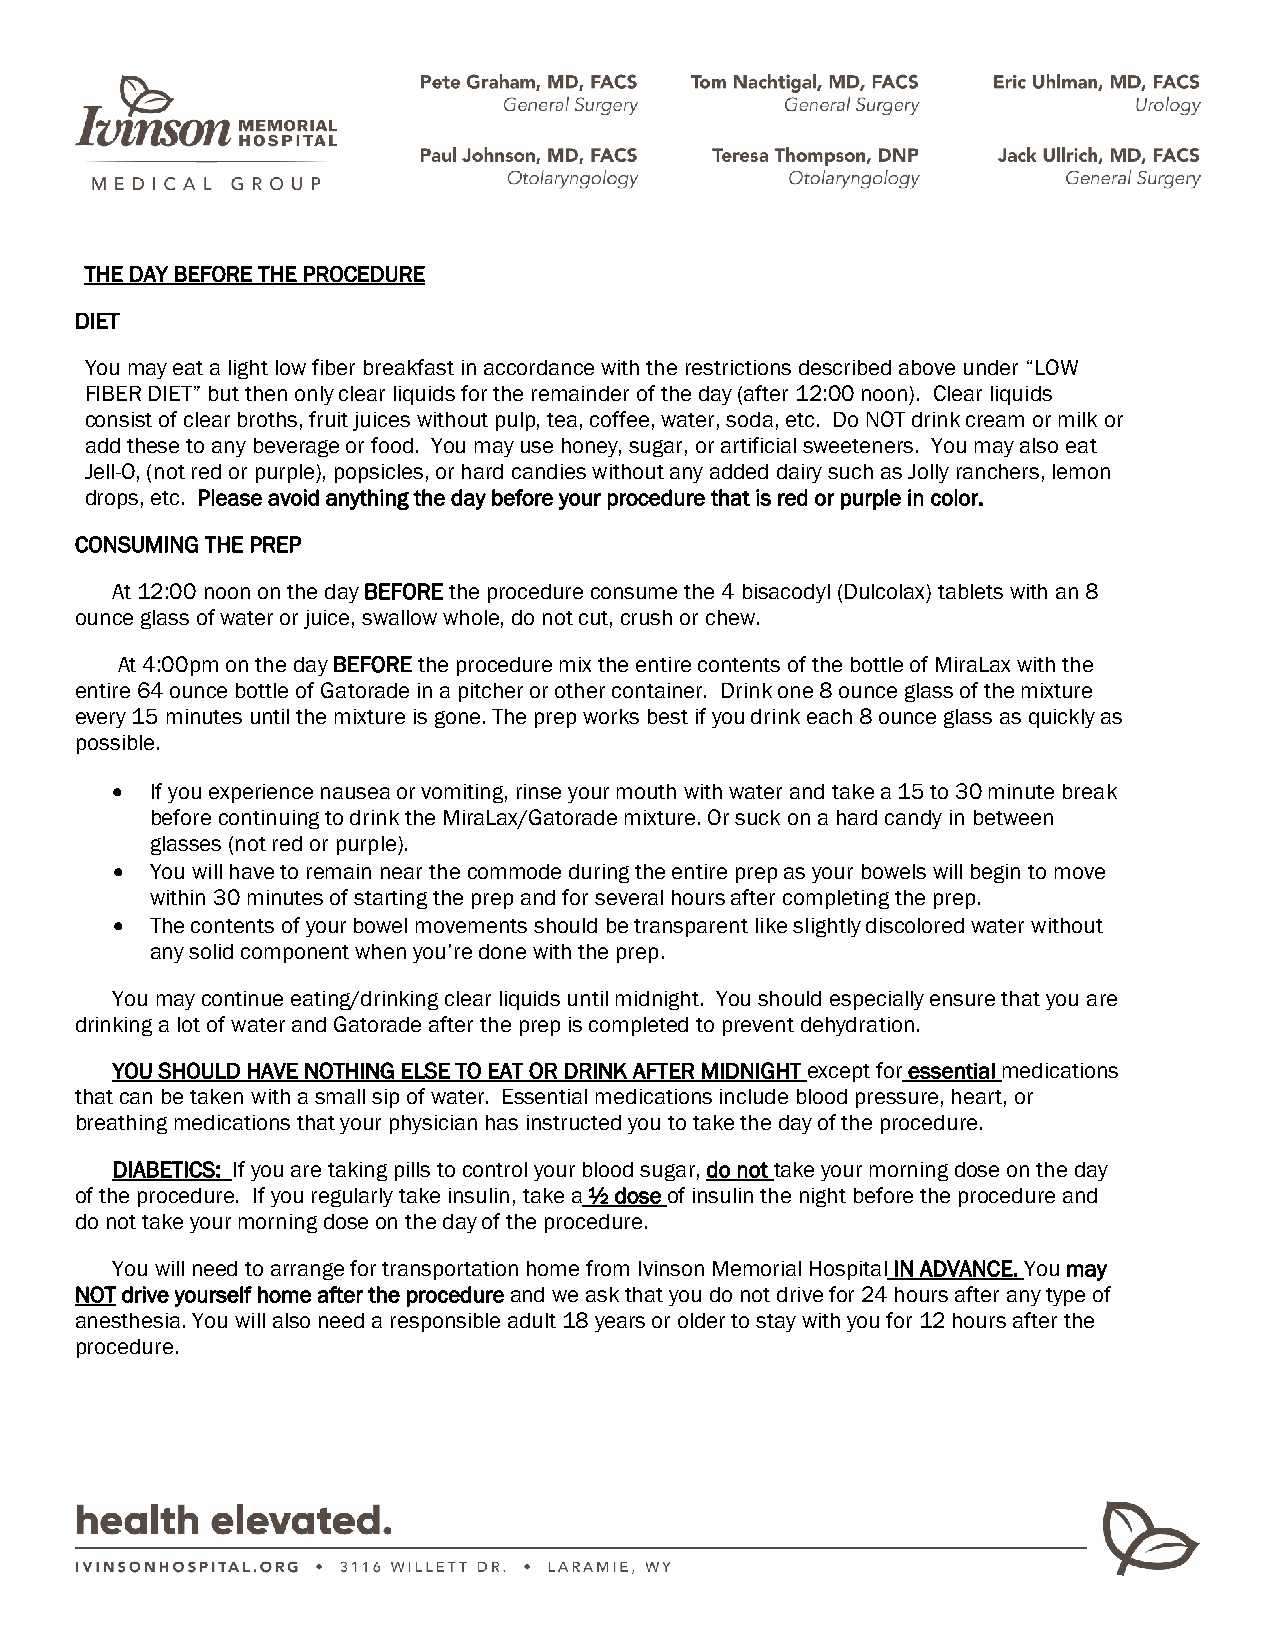
THE DAY BEFORE THE PROCEDURE
 DIET
 You may eat a light low fiber breakfast in accordance with the restrictions described above under “LOW
 FIBER DIET” but then only clear liquids for the remainder of the day (after 12:00 noon). Clear liquids
 consist of clear broths, fruit juices without pulp, tea, coffee, water, soda, etc. Do NOT drink cream or milk or
 add these to any beverage or food. You may use honey, sugar, or artificial sweeteners. You may also eat
 Jell-O, (not red or purple), popsicles, or hard candies without any added dairy such as Jolly ranchers, lemon
 drops, etc. Please avoid anything the day before your procedure that is red or purple in color.
 CONSUMING THE PREP
 At 12:00 noon on the day BEFORE the procedure consume the 4 bisacodyl (Dulcolax) tablets with an 8
 ounce glass of water or juice, swallow whole, do not cut, crush or chew.
 At 4:00pm on the day BEFORE the procedure mix the entire contents of the bottle of MiraLax with the
 entire 64 ounce bottle of Gatorade in a pitcher or other container. Drink one 8 ounce glass of the mixture
 every 15 minutes until the mixture is gone. The prep works best if you drink each 8 ounce glass as quickly as
 possible.
 •  If you experience nausea or vomiting, rinse your mouth with water and take a 15 to 30 minute break
 before continuing to drink the MiraLax/Gatorade mixture. Or suck on a hard candy in between
 glasses (not red or purple).
 •  You will have to remain near the commode during the entire prep as your bowels will begin to move
 within 30 minutes of starting the prep and for several hours after completing the prep.
 •  The contents of your bowel movements should be transparent like slightly discolored water without
 any solid component when you’re done with the prep.
 You may continue eating/drinking clear liquids until midnight. You should especially ensure that you are
 drinking a lot of water and Gatorade after the prep is completed to prevent dehydration.
 YOU SHOULD HAVE NOTHING ELSE TO EAT OR DRINK AFTER MIDNIGHT except for essential medications
 that can be taken with a small sip of water. Essential medications include blood pressure, heart, or
 breathing medications that your physician has instructed you to take the day of the procedure.
 DIABETICS: If you are taking pills to control your blood sugar, do not take your morning dose on the day
 of the procedure. If you regularly take insulin, take a ½ dose of insulin the night before the procedure and
 do not take your morning dose on the day of the procedure.
 You will need to arrange for transportation home from Ivinson Memorial Hospital IN ADVANCE. You may
 NOT drive yourself home after the procedure and we ask that you do not drive for 24 hours after any type of
 anesthesia. You will also need a responsible adult 18 years or older to stay with you for 12 hours after the
 procedure.